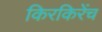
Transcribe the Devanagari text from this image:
किरकिरेंच